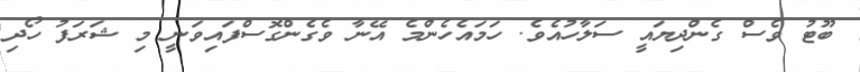
ބޫޓު ވެސް ގެންދިޔައީ ސަލާހުއެވެ. ހަމައެހެންމެ އޭނާ ވެގެންގޮސްފައިވަނީ މި ޝަރަފު ހޯދި